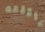
ماقلته